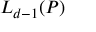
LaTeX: L _ { d - 1 } ( P )